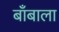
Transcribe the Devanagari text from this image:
बाँबाला